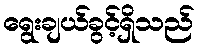
ရွေးချယ်ခွင့်ရှိသည်